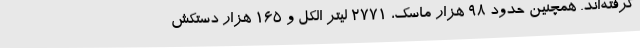
گرفته‌اند. همچنین حدود 98 هزار ماسک، 2771 لیتر الکل و 165 هزار دستکش